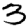
Digit: 3